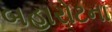
બહારોટના